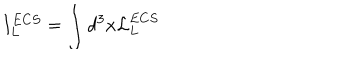
LaTeX: I _ { L } ^ { E C S } = \int d ^ { 3 } x { \cal L } _ { L } ^ { E C S }